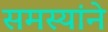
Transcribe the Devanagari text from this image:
समस्यांने